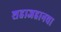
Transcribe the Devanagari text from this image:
शहाजहानचा